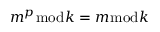
m ^ { p } { \bmod { k } } = m { \bmod { k } }